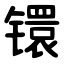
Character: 镮